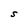
Character: S